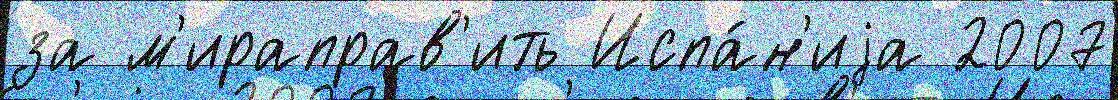
за м'ираправ'ить Испа́н'иjа 2007